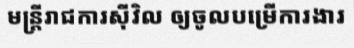
មន្ត្រីរាជការស៊ីវិល ឲ្យចូលបម្រើការងារ